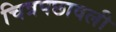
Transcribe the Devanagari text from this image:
चित्रपछावली